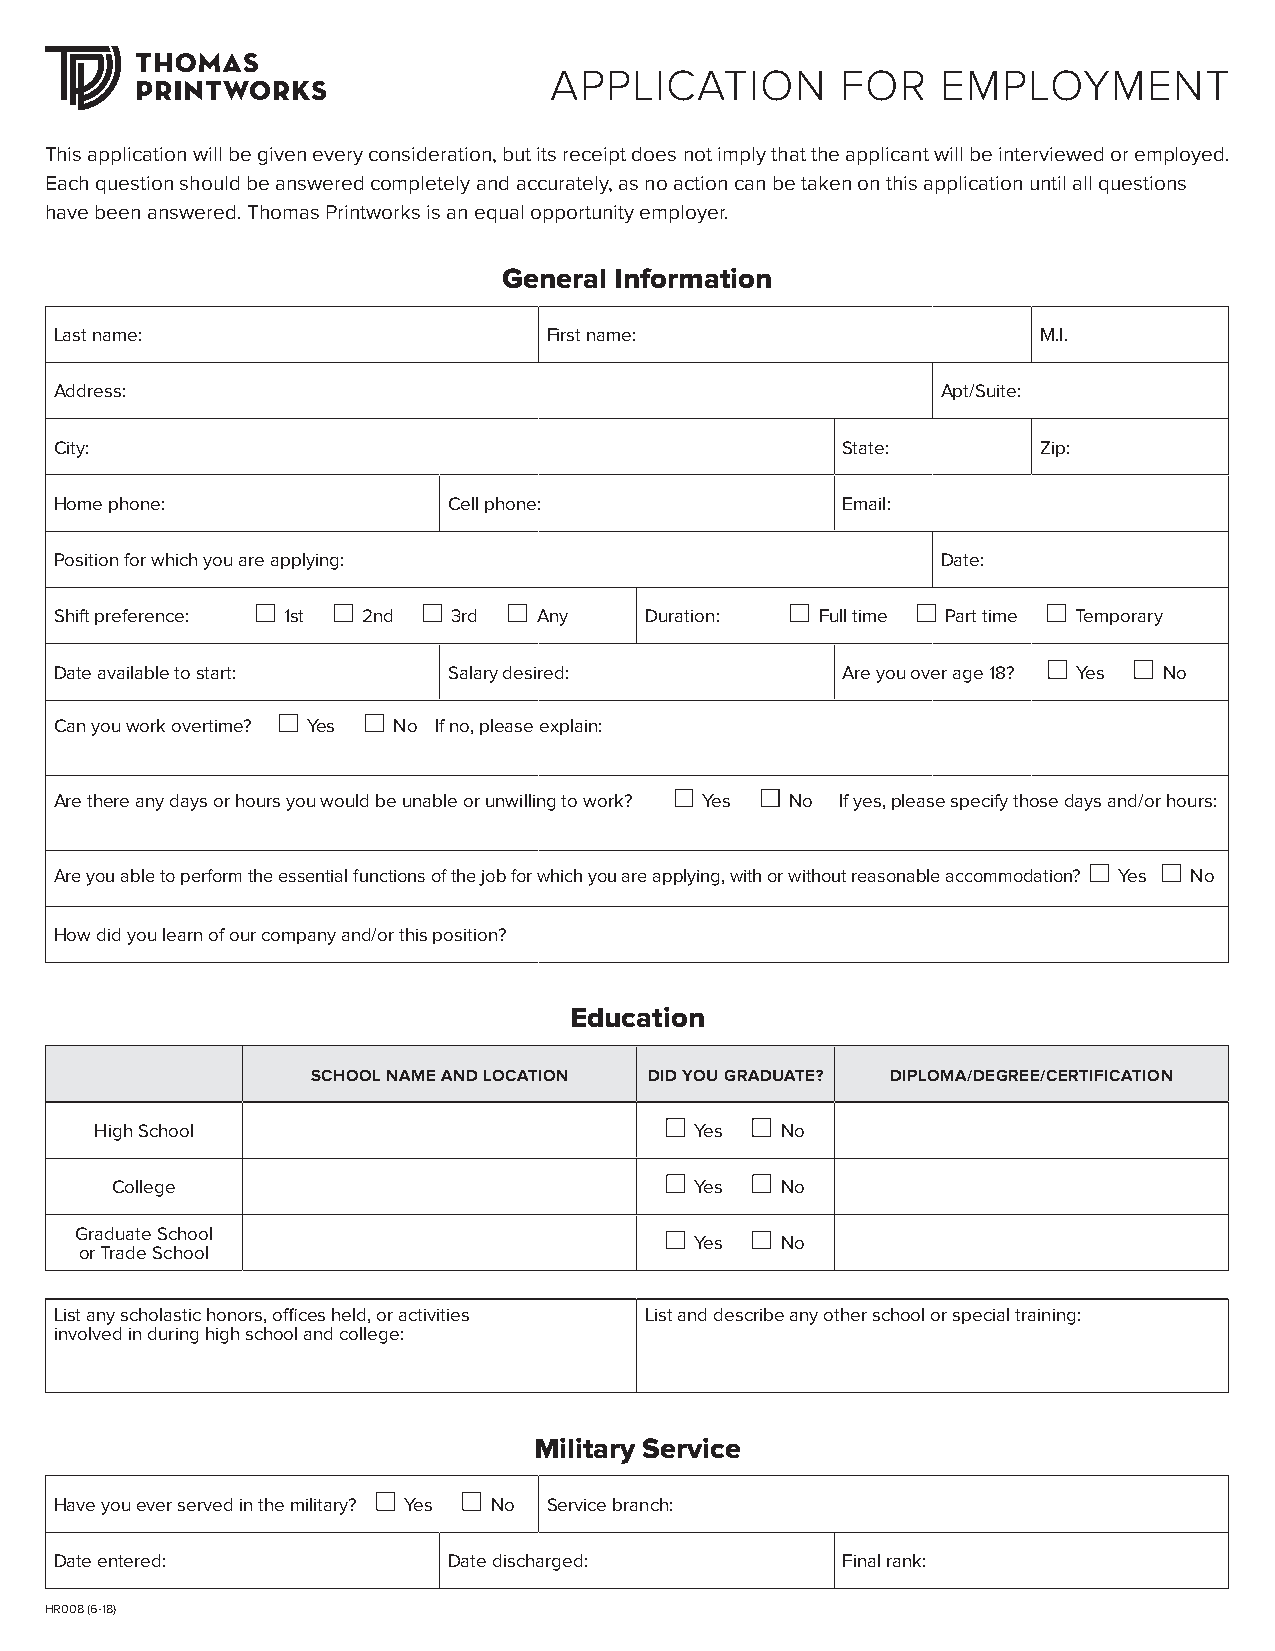
APPLICATION         FOR   EMPLOYMENT
 This application will be given every consideration, but its receipt does not imply that the applicant will be interviewed or employed.
 Each question should be answered completely and accurately, as no action can be taken on this application until all questions
 have been answered. Thomas Printworks is an equal opportunity employer.
 General Information
 Last name:                      First name:                      M.I.
 Address:                                                  Apt/Suite:
 City:                                               State:       Zip:
 Home phone:               Cell phone:               Email:
 Position for which you are applying:                      Date:
 Shift preference: 1st 2nd 3rd   Any    Duration:  Full time Part time Temporary
 Date available to start:  Salary desired:           Are you over age 18? Yes No
 Can you work overtime? Yes No If no, please explain:
 Are there any days or hours you would be unable or unwilling to work? Yes No If yes, please specify those days and/or hours:
 Are you able to perform the essential functions of the job for which you are applying, with or without reasonable accommodation? Yes No
 How did you learn of our company and/or this position?
 Education
 SCHOOL NAME AND LOCATION DID YOU GRADUATE? DIPLOMA/DEGREE/CERTIFICATION
 High School                             Yes   No
 College                                Yes   No
 Graduate School
 Yes   No
 or Trade School
 List any scholastic honors, offices held, or activities List and describe any other school or special training:
 involved in during high school and college:
 Military Service
 Have you ever served in the military? Yes No Service branch:
 Date entered:             Date discharged:          Final rank:
 HR008 (6-18)